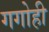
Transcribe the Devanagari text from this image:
गगोही